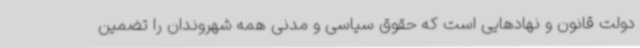
دولت قانون و نهادهایی است که حقوق سیاسی و مدنی همه شهروندان را تضمین